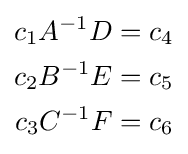
{\begin{aligned}c_{1}A^{-1}D&=c_{4}\\c_{2}B^{-1}E&=c_{5}\\c_{3}C^{-1}F&=c_{6}\\\end{aligned}}